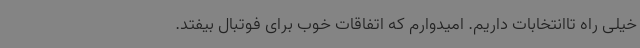
خیلی راه تاانتخابات داریم. امیدوارم که اتفاقات خوب برای فوتبال بیفتد.